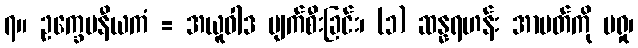
၇။ ဥက္ခေပနီယကံ = အယူဝါဒ ပျက်စီးခြင်း၊ (၁) ဆန္နရဟန်း အာပတ်ကို မရှု၊